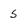
Character: 5